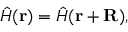
\hat { H } ( \mathbf { r } ) = \hat { H } ( \mathbf { r } + \mathbf { R } ) ,